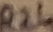
Text: R26